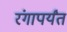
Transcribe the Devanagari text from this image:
रंगापर्यंत